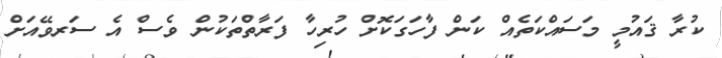
ކުރާ ޤައުމީ މަސައްކަތެއް ކަން ފާހަގަކޮށް ހުރިހާ ފަރާތްތަކުން ވެސް އެ ސަރވޭއަށް